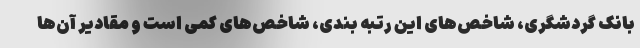
بانک گردشگری، شاخص‌های این رتبه بندی، شاخص‌های کمّی است و مقادیر آن‌ها